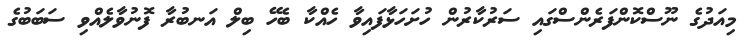
މިއަދުގެ ނޫސްކޮންފަރެންސްގައި ސަރުކާރުން ހުށަހަޅާފައިވާ ހެއްކާ ބެހޭ ބިލް އަނބުރާ ފޮނުވާލެއްވި ސަބަބުގެ